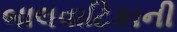
બાલવાટિકાની